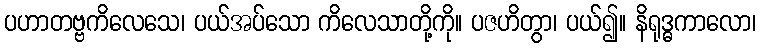
ပဟာတဗ္ဗကိလေသေ၊ ပယ်အပ်သော ကိလေသာတို့ကို။ ပဇဟိတွာ၊ ပယ်၍။ နိရုဒ္ဓကာလော၊